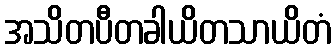
အသိတပီတခါယိတသာယိတံ